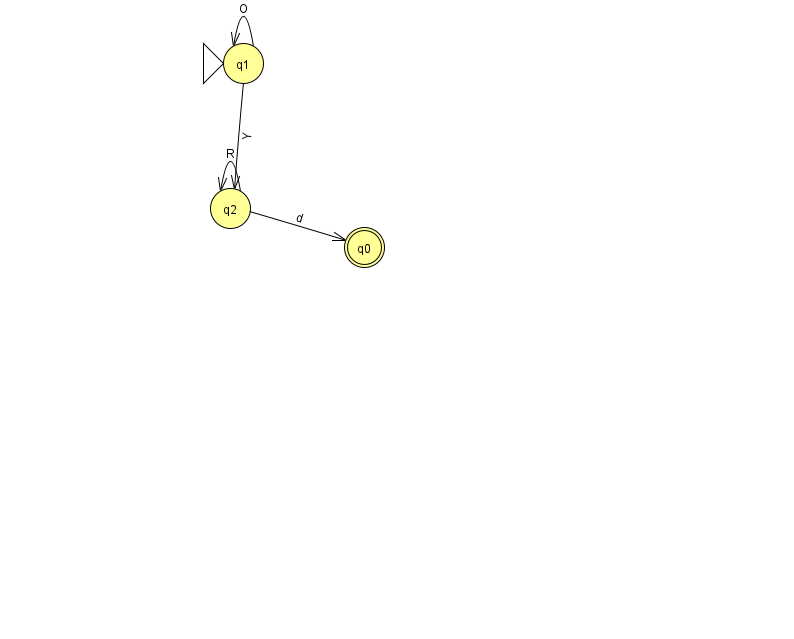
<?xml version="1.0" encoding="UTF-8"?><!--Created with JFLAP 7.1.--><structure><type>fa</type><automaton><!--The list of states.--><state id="0" name="q0"><x>364.0</x><y>234.0</y><final/></state><state id="1" name="q1"><x>243.0</x><y>50.0</y><initial/></state><state id="2" name="q2"><x>230.0</x><y>195.0</y></state><!--The list of transitions.--><transition><from>2</from><to>2</to><read>R</read></transition><transition><from>1</from><to>2</to><read>Y</read></transition><transition><from>2</from><to>0</to><read>d</read></transition><transition><from>1</from><to>1</to><read>O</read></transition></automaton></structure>